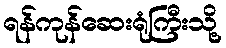
ရန်ကုန်ဆေးရုံကြီးသို့